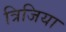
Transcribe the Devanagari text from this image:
त्रिजिया